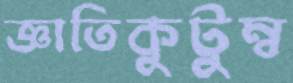
জ্ঞাতিকুটুম্ব